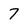
Character: 7